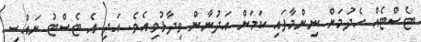
ޓެސްޓެއް ހެދުމަށް ނިންމާފައި ކަމަށް އަދުނާން ވިދާޅުވިއެވެ. އަދި އެ ޓެސްޓު ނައްސި